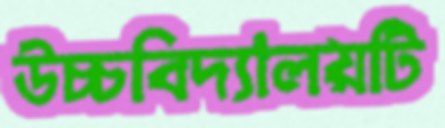
উচ্চবিদ্যালয়টি